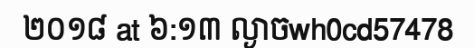
២០១៨ at ៦:១៣ ល្ងាចwh0cd57478